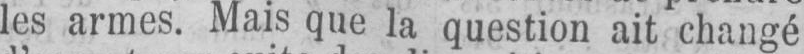
les armes. Mais que la question ait changé